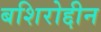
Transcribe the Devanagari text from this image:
बशिरोद्दीन